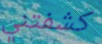
كشفتني